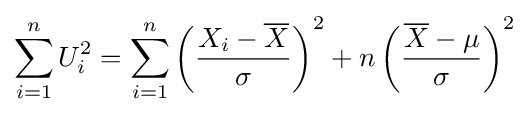
\sum _{i=1}^{n}U_{i}^{2}=\sum _{i=1}^{n}\left({\frac {X_{i}-{\overline {X}}}{\sigma }}\right)^{2}+n\left({\frac {{\overline {X}}-\mu }{\sigma }}\right)^{2}